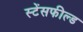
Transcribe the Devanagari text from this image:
स्टेंसफील्ड